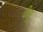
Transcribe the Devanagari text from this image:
ढीलू